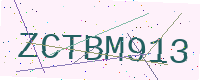
Text: ZCTBM913